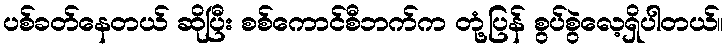
ပစ်ခတ်နေတယ် ဆိုပြီး စစ်ကောင်စီဘက်က တုံ့ပြန် စွပ်စွဲလေ့ရှိပါတယ်။